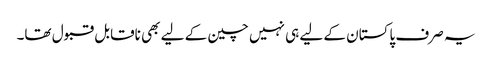
یہ صرف پاکستان کے لیے ہی نہیں چین کے لیے بھی ناقابل قبول تھا۔